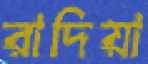
রাদিয়া